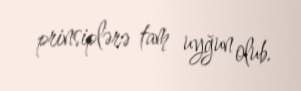
prinsiplərə tam uyğun olub.